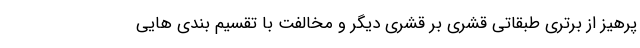
پرهیز از برتری طبقاتی قشری بر قشری دیگر و مخالفت با تقسیم بندی هایی